Annual report of the Punjab Veterinary College and of the Civil Veterinary Department, Punjab - 1926-1932
Year: 1926
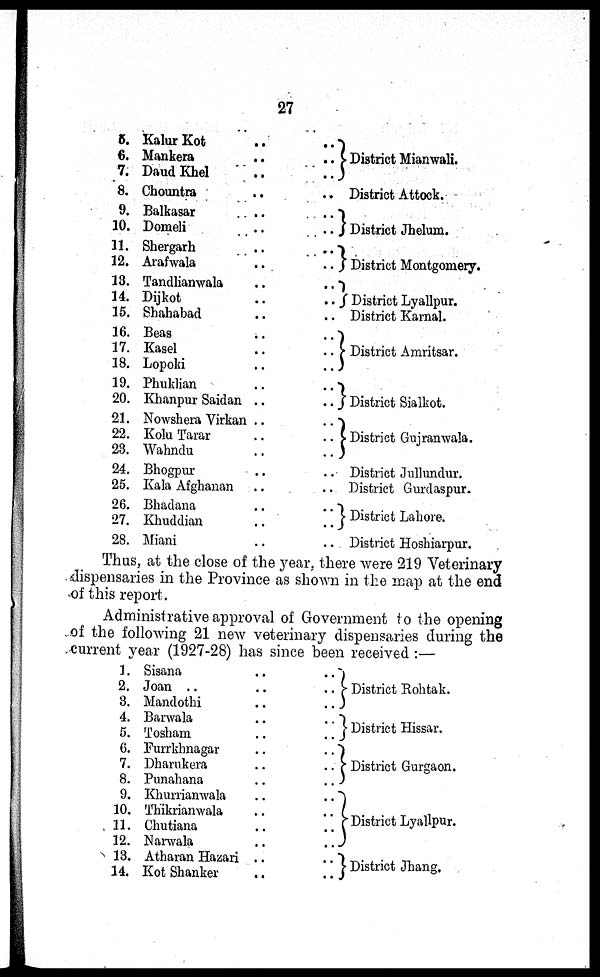
27
5.
6.
7.
8.
9.
10.
11.
12.
13.
14.
15.
16.
17.
18.
19.
20.
21.
22.
23.
24.
25.
26.
27.
28.
Kalur Kot . . . .
Mankera . . . .
Daud Khel . . . .
Chountra . . . .
Balkasar . . . .
Domeli . . . .
Shergarh . . . .
Arafwala . . . .
Tandlianwala . . . .
Dijkot . . . .
Shahabad . . . .
Beas . . . .
Kasel . . . .
Lopoki . . . .
Phuklian . . . .
Khanpur Saidan . . . .
Nowshera Virkan . . . .
Kolu Tarar . . . .
Wahndu . . . .
Bhogpur . . . .
Kala Afghanan . . . .
Bhadana . . . .
Khuddian . . . .
Miani . . . .
District Mianwali.
District Attock.
District Jhelum.
District Montgomery.
District Lyallpur.
District Karnal.
District Amritsar.
District Sialkot.
District Gujranwala.
District Jullundur.
District Gurdaspur.
District Lahore.
District Hoshiarpur.
Thus, at the close of the year, there were 219 Veterinary
dispensaries in the Province as shown in the map at the end
of this report.
Administrative approval of Government to the opening
of the following 21 new veterinary dispensaries during the
current year (1927-28) has since been received:—
1.
2.
3.
4.
5.
6.
7.
8.
9.
10.
11.
12.
13.
14.
Sisana . . . .
Joan .. . . . .
Mandothi . . . .
Barwala . . . .
Tosham . . . .
Furrkhnagar . . . .
Dharukera . . . .
Punahana . . . .
Khurrianwala . . . .
Thikrianwala . . . .
Chutiana . . . .
Narwala . . . .
Atharan Hazari . . . .
Kot Shanker . . . .
District Rohtak.
District Hissar.
District Gurgaon.
District Lyallpur.
District Jhang.